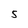
Character: 5